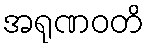
အရုဏဝတိ